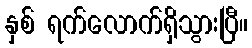
နှစ် ရက်လောက်ရှိသွားပြီ။